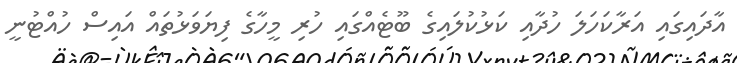
އާދައިގައި އަރާކަހަލަ ހުދާއި ކަޅުކުލައިގެ ބޫޓެއްގައި ހުރި މީހާގެ ފިޔަވަޅުތައް އައިސް ހުއްޓުނީ